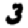
Digit: 3